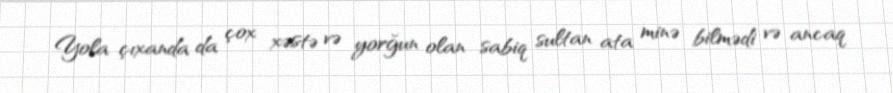
Yola çıxanda da çox xəstə və yorğun olan sabiq sultan ata minə bilmədi və ancaq